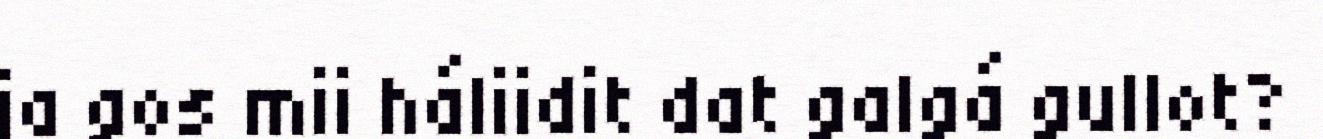
ja gos mii háliidit dat galgá gullot?